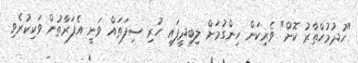
"ހުދުމުހްތާރު ކޮށް" ވެރިކަން ހިންގުމަށް ލިބިދީފައި ހުރި ސިފަތައް ވަނީ އެފަރާތުން ވަކިކުރެވި